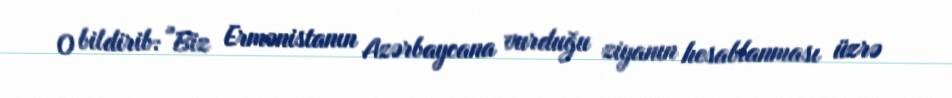
O bildirib: "Biz Ermənistanın Azərbaycana vurduğu ziyanın hesablanması üzrə